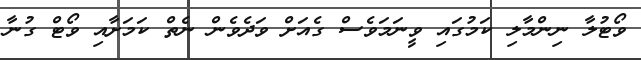
ވޯޓުލާ ނިންމާލި ކަމުގައި ވީނަމަވެސް ގެއަށް ވަދެވެން ނެތް ކަމަށާއި ވޯޓް ގުނާ